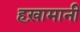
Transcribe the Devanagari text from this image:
हख़ामानी